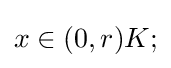
{\textstyle x\in (0,r)K;}